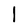
Character: l